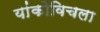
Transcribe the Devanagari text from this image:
यांकोविचला